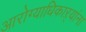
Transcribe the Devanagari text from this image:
आरोग्याधिकाऱ्यांना